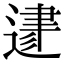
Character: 𨔥